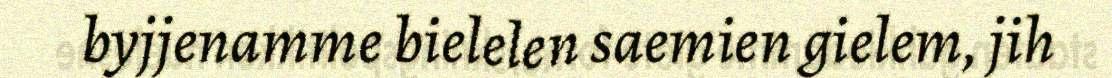
byjjenamme bielelen saemien gielem, jih